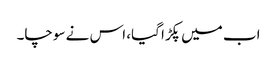
اب میں پکڑا گیا، اس نے سوچا۔